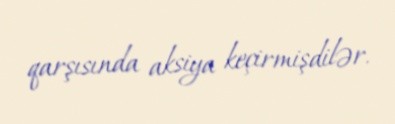
qarşısında aksiya keçirmişdilər.